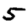
Digit: 5